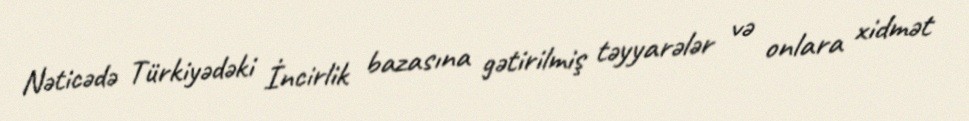
Nəticədə Türkiyədəki İncirlik bazasına gətirilmiş təyyarələr və onlara xidmət